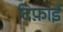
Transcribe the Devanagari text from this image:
दिफ़ाई